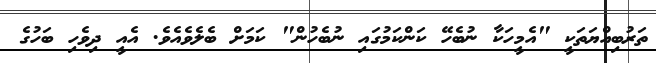
ތަރުބިއްޔަތަކީ "އެމީހަކާ ނުބެހޭ ކަންކަމުގައި ނުބެހުން" ކަމަށް ބެލެވެއެވެ. އެއީ ދިވެހި ބަހުގެ